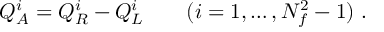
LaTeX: Q _ { A } ^ { i } = Q _ { R } ^ { i } - Q _ { L } ^ { i } \qquad ( i = 1 , \dots , N _ { f } ^ { 2 } - 1 ) ~ .